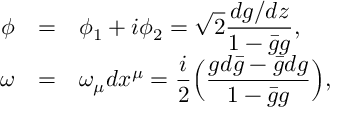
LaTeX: \begin{array} { r c l } { { \phi } } & { { = } } & { { \displaystyle \phi _ { 1 } + i \phi _ { 2 } = \sqrt { 2 } \frac { d g / d z } { 1 - \bar { g } g } , } } \\ { { \omega } } & { { = } } & { { \displaystyle \omega _ { \mu } d x ^ { \mu } = \frac { i } { 2 } \Big ( \frac { g d \bar { g } - \bar { g } d g } { 1 - \bar { g } g } \Big ) , } } \end{array}